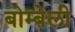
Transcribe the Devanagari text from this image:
बोम्बेली